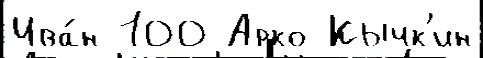
Ива́н 100 Арко Кычк'ин